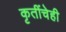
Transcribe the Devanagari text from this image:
कृतींचेही